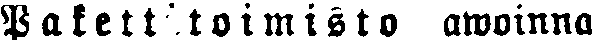
Pakettitoimisto awoinna